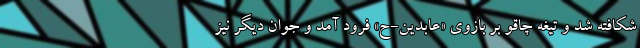
شکافته شد و تیغه چاقو بر بازوی «عابدین-ح» فرود آمد و جوان دیگر نیز